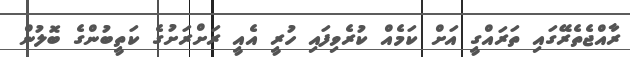
ރާއްޖެތެރޭގައި ތަރައްގީ އަށް ކަމެއް ކުރެވިފައި ހުރީ އެއީ ރަށްރަށުގެ ކަތީބުންގެ ބޮލުން